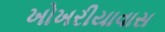
ખોખરીયાવાસ